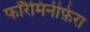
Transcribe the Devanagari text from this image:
फोरैमिनीफ़ेरा